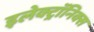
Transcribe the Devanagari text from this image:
इलेक्ट्राॅनिक्स